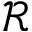
\mathcal { R }